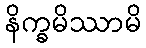
နိက္ခမိဿာမိ